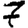
Digit: 7